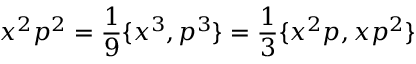
x ^ { 2 } p ^ { 2 } = { \frac { 1 } { 9 } } \{ x ^ { 3 } , p ^ { 3 } \} = { \frac { 1 } { 3 } } \{ x ^ { 2 } p , x p ^ { 2 } \}